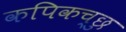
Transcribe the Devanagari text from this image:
कपिकच्छु